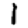
Digit: 1